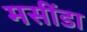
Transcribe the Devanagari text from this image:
मसींडा